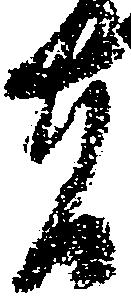
者